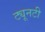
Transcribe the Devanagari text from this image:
ट्यूनटी